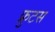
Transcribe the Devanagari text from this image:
फ्रुटस